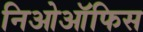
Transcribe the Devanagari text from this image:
निओऑफिस